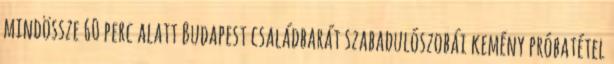
mindössze 60 perc alatt Budapest családbarát szabadulószobái kemény próbatétel